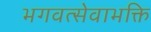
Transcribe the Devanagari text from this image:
भगवत्सेवाभक्ति